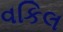
વકિલ